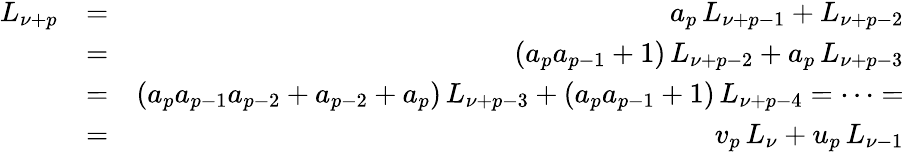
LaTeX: \begin{array}{rlr}{L_{\nu+p}}&{=}&{a_{p}\, L_{\nu+p-1}+L_{\nu+p-2}}\\ &{=}&{\left(a_{p}a_{p-1}+1\right)\, L_{\nu+p-2}+a_{p}\, L_{\nu+p-3}}\\ &{=}&{\left(a_{p}a_{p-1}a_{p-2}+a_{p-2}+a_{p}\right)\, L_{\nu+p-3}+\left(a_{p}a_{p-1}+1\right)\, L_{\nu+p-4}=\cdots=}\\ &{=}&{v_{p}\, L_{\nu}+u_{p}\, L_{\nu-1}}\end{array}